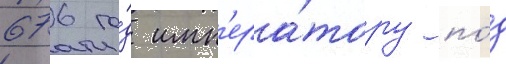
676 го́д имп'ера́тору по́д